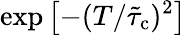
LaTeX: \exp\left[-(T/\tilde{\tau}_{\mathrm{c}})^{2}\right]